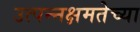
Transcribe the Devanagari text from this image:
उत्पन्नक्षमतेच्या